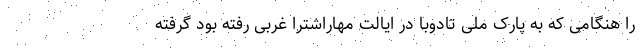
را هنگامی که به پارک ملی تادوبا در ایالت مهاراشترا غربی رفته بود گرفته